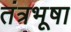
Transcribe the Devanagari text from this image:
तंत्रभूषा